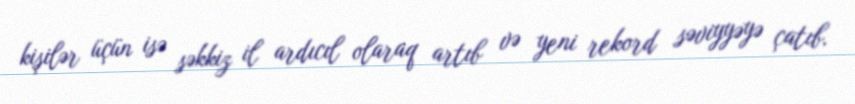
kişilər üçün isə səkkiz il ardıcıl olaraq artıb və yeni rekord səviyyəyə çatıb.